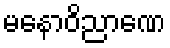
မနောဝိညာဏေ